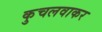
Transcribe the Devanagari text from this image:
कुचलवाकर